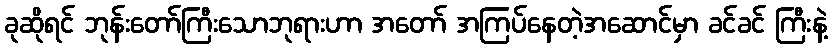
ခုဆိုရင် ဘုန်းတော်ကြီးသောဘုရားဟာ အတော် အကြပ်နေတဲ့အဆောင်မှာ ခင်ခင် ကြီးနဲ့